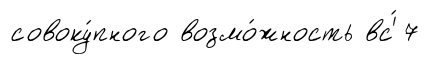
совоку́пного возмо́жность вс'́ 7